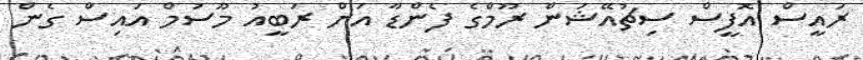
ރައީސް އޮފީސް ސިޗުއޭޝަން ރޫމްގެ ފެންޑާ އަށް ރަބީއު މޫސުމް އައިސް ގެން